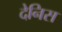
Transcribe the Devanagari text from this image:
देनिस